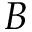
B